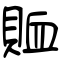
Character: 賉